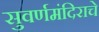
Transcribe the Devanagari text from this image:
सुवर्णमंदिराचे